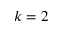
k = 2